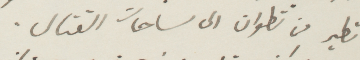
تطير من تطوان الى ساحات القنال